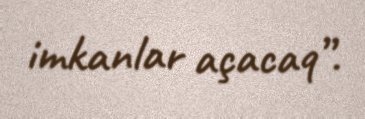
imkanlar açacaq”.